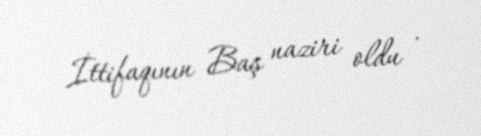
İttifaqının Baş naziri oldu .